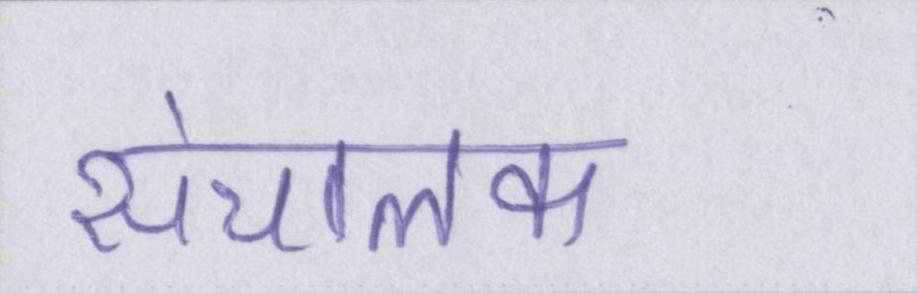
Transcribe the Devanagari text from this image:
संचालक